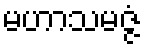
မဟာသမဇ္ဇံ